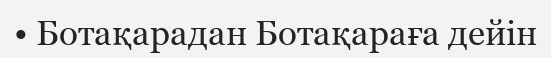
• Ботақарадан Ботақараға дейін